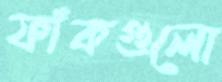
ফাঁকগুলো